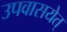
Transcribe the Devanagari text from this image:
उपवासयेत्